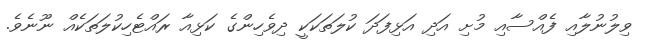
ވިލުނުލާއި ފެއްސާއި މުށި އަދި އަޅިފަދަ ކުލަތަކަކީ ދިވެހިންގެ ކަޅިއާ ރައްޓެހިކުލަތަކެއް ނޫނެވެ.